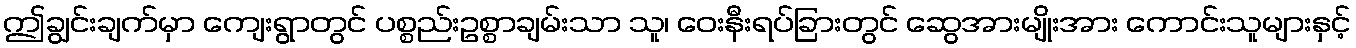
ဤချွင်းချက်မှာ ကျေးရွာတွင် ပစ္စည်းဥစ္စာချမ်းသာ သူ၊ ဝေးနီးရပ်ခြားတွင် ဆွေအားမျိုးအား ကောင်းသူများနှင့်